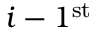
i - 1 ^ { \mathrm { s t } }